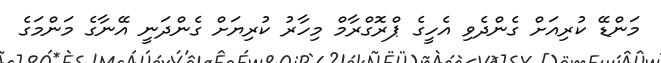
މަންޑޭ ކުރިއަށް ގެންދެވި އެހީގެ ޕްރޮގްރާމް މިހާރު ކުރިޔަށް ގެންދަނީ އޭނާގެ މަންމަގެ